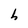
Character: h